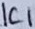
Text: IC1